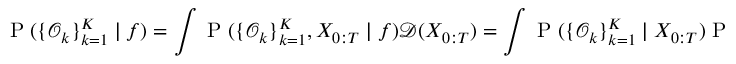
\small \mathrm { ~ P ~ } ( \{ \mathcal { O } _ { k } \} _ { k = 1 } ^ { K } \mid f ) = \int \mathrm { ~ P ~ } ( \{ \mathcal { O } _ { k } \} _ { k = 1 } ^ { K } , X _ { 0 : T } \mid f ) \mathcal { D } ( X _ { 0 : T } ) = \int \mathrm { ~ P ~ } ( \{ \mathcal { O } _ { k } \} _ { k = 1 } ^ { K } \mid X _ { 0 : T } ) \mathrm { ~ P ~ } ( X _ { 0 : T } | f ) \mathcal { D } ( X _ { 0 : T } ) ,